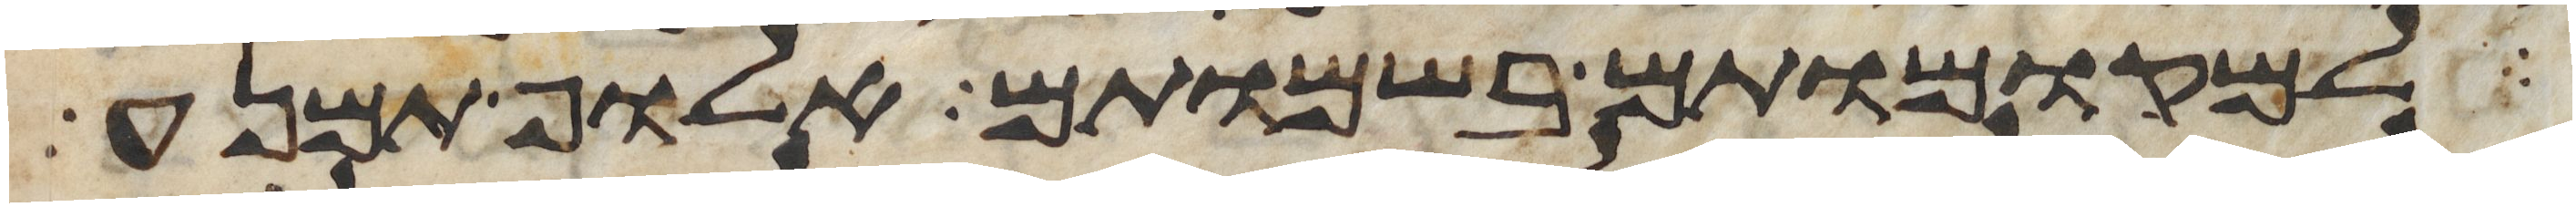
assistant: למקומותם בשמותם אלוף תמנע